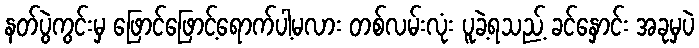
နတ်ပွဲကွင်းမှ ဖြောင်ဖြောင့်ရောက်ပါ့မလား တစ်လမ်းလုံး ပူခဲ့ရသည့် ခင်နှောင်း အခုမှပဲ